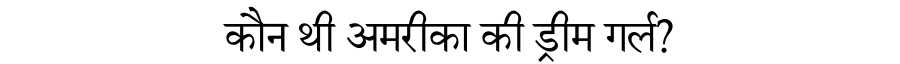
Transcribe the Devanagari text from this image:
कौन थी अमरीका की ड्रीम गर्ल?